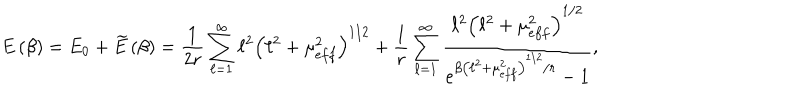
E \left( \beta \right) = E _ { 0 } + \widetilde { E } \left( \beta \right) = \frac { 1 } { 2 r } \sum _ { \ell = 1 } ^ { \infty } \ell ^ { 2 } \left( \ell ^ { 2 } + \mu _ { e f f } ^ { 2 } \right) ^ { 1 / 2 } + \frac { 1 } { r } \sum _ { \ell = 1 } ^ { \infty } \frac { \ell ^ { 2 } \left( \ell ^ { 2 } + \mu _ { e f f } ^ { 2 } \right) ^ { 1 / 2 } } { e ^ { \beta \left( \ell ^ { 2 } + \mu _ { e f f } ^ { 2 } \right) ^ { 1 / 2 } / r } - 1 } ,